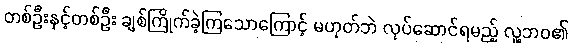
တစ်ဦးနှင့်တစ်ဦး ချစ်ကြိုက်ခဲ့ကြသောကြောင့် မဟုတ်ဘဲ လုပ်ဆောင်ရမည့် လူ့ဘဝ၏